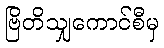
ဗြိတိသျှကောင်စီမှ